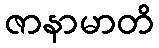
ဇာနာမာတိ